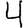
Digit: 4